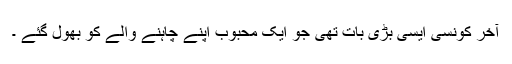
آخر کونسی ایسی بڑی بات تھی جو ایک محبوب اپنے چاہنے والے کو بھول گئے ۔